Leaving Certificate Examination, 1917, 1917
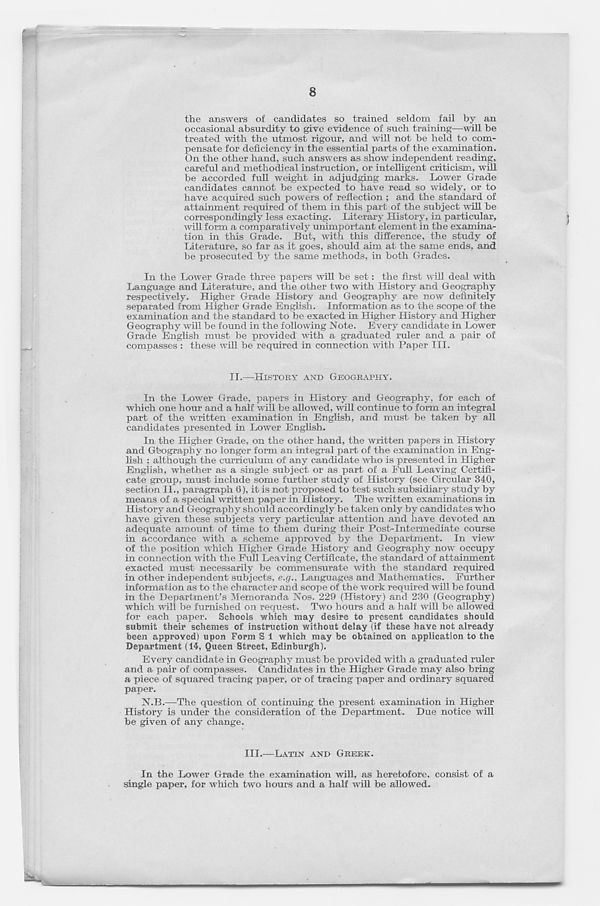
8
the answers of candidates so trained seldom fail by an
occasional absurdity to give evidence of such training—will be
treated with the utmost rigour, and will not be held to com-
pensate for deficiency in the essential parts of the examination.
On the other hand, such answers as show independent reading,
careful and methodical instruction, or intelligent criticism, will
be accorded full weight in adjudging marks. Lower Grade
candidates cannot be expected to have read so widely, or to
have acquired such powers of reflection ; and the standard of
attainment required of them in this part of the subject will be
correspondingly less exacting. Literary History, in particular,
will form a comparatively unimportant element in the examina-
tion in this Grade. But, with this difference, the study of
Literature, so far as it goes, should aim at the same ends, and
be prosecuted by the same methods, in both Grades.
In the Lower Grade three papers will be set: the first will deal with
Language and Literature, and the other two with History and Geography
respectively. Higher Grade History and Geography are now definitely
separated from Higher Grade English. Information as to the scope of the
examination and the standard to be exacted in Higher History and Higher
Geography will be found in the following Note. Every candidate in Lower
Grade English must be provided with a graduated ruler and a pair of
compasses : these will be required in connection with Paper III.
II.—HISTORY AND GEOGRAPHY.
In the Lower Grade, papers in History and Geography, for each of
which one hour and a half will be allowed, will continue to form an integral
part of the written examination in English, and must be taken by all
candidates presented in Lower English.
In the Higher Grade, on the other hand, the written papers in History
and G'eography no longer form an integral part of the examination in Eng-
lish ; although the curriculum of any candidate who is presented in Higher
English, whether as a single subject or as part of a Full Leading Certifi-
cate group, must include some further study of History (see Circular 340,
section II., paragraph 6), it is not proposed to test such subsidiary study by
means of a special written paper in History. The written examinations in
History and Geography should accordingly be taken only by candidates who
have given these subjects very particular attention and have devoted an
adequate amount of time to them during their Post-Intermediate course
in accordance with a scheme approved by the Department. In view
of the position which Higher Grade History and Geography now’ occupy
in connection with the Full Leaving Certificate, the standard of attainment
exacted must necessarily be commensurate with the standard required
in other independent subjects, e.g., Languages and Mathematics. Further
information as to the character and scope of the work required will be found
in the Department’s Memoranda Nos. 229 (History) and 230 (Geography)
which will be furnished on request. Two hours and a half will be allowed
for each paper. Schools which may desire to present candidates should
submit their schemes of instruction without delay (if these have not already
been approved) upon Form S 1 which may be obtained on application to the
Department (14, Queen Street, Edinburgh).
Every candidate in Geography must be provided with a graduated ruler
and a pair of compasses. Candidates in the Higher Grade may also bring
a piece of squared tracing paper, or of tracing paper and ordinary squared
paper.
N.B.—The question of continuing the present examination in Higher
History is under the consideration of the Department. Due notice wdll
be given of any change.
III.—LATIN AND GREEK.
In the Lower Grade the examination will, as heretofore, consist of a
single paper, for v r hich two hours and a half will be allowed.